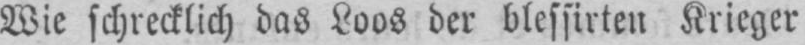
Wie schrecklich das Loos der blessirten Krieger